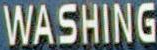
WASHING